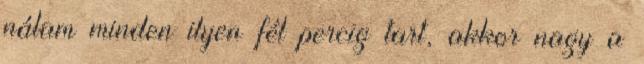
nálam minden ilyen fél percig tart, akkor nagy a